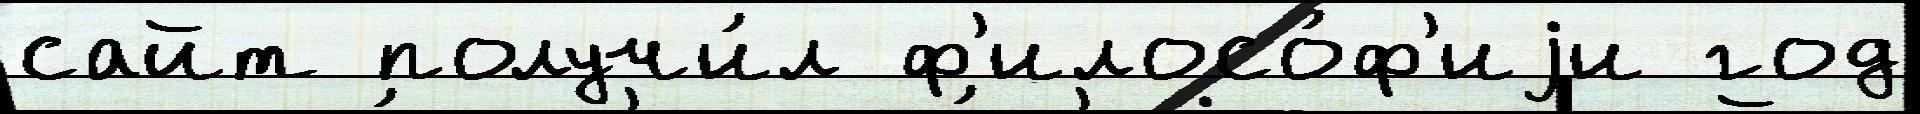
сайт получи́л ф'илосо́ф'иjи год